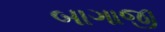
બાગાજી